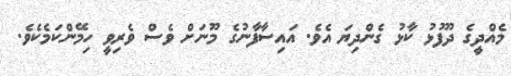
މެއްދީގެ ދޫފުޅު ކާޅު ގެންދިޔަ އެވެ. އައިސާފާނުގެ މޫނަށް ވެސް ވެރިވީ ހިމޭންކަމެކެވެ.